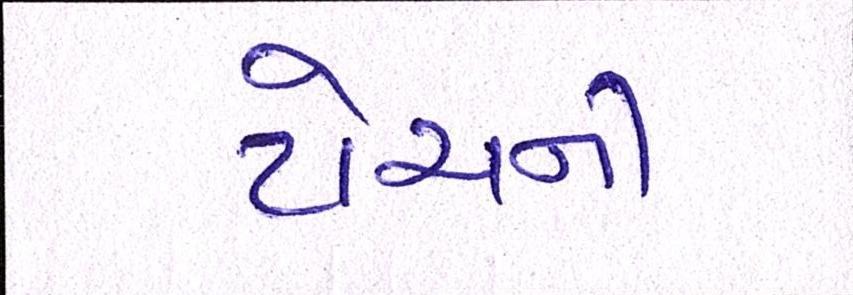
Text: ટોચની